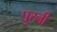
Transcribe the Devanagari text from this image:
पुरनी